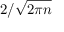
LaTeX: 2 / { \sqrt { 2 \pi n } }